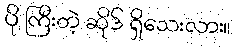
ပို ကြီးတဲ့ ဆိုဒ် ရှိသေးလား။